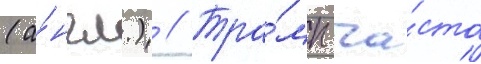
(а́нгл.) // Тра́мп ча́сто